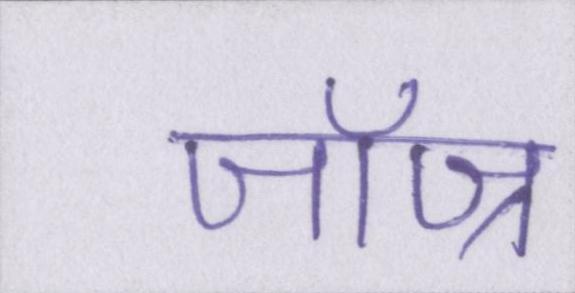
जॉज्र